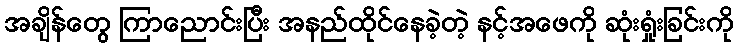
အချိန်တွေ ကြာညောင်းပြီး အနည်ထိုင်နေခဲ့တဲ့ နင့်အဖေကို ဆုံးရှုံးခြင်းကို